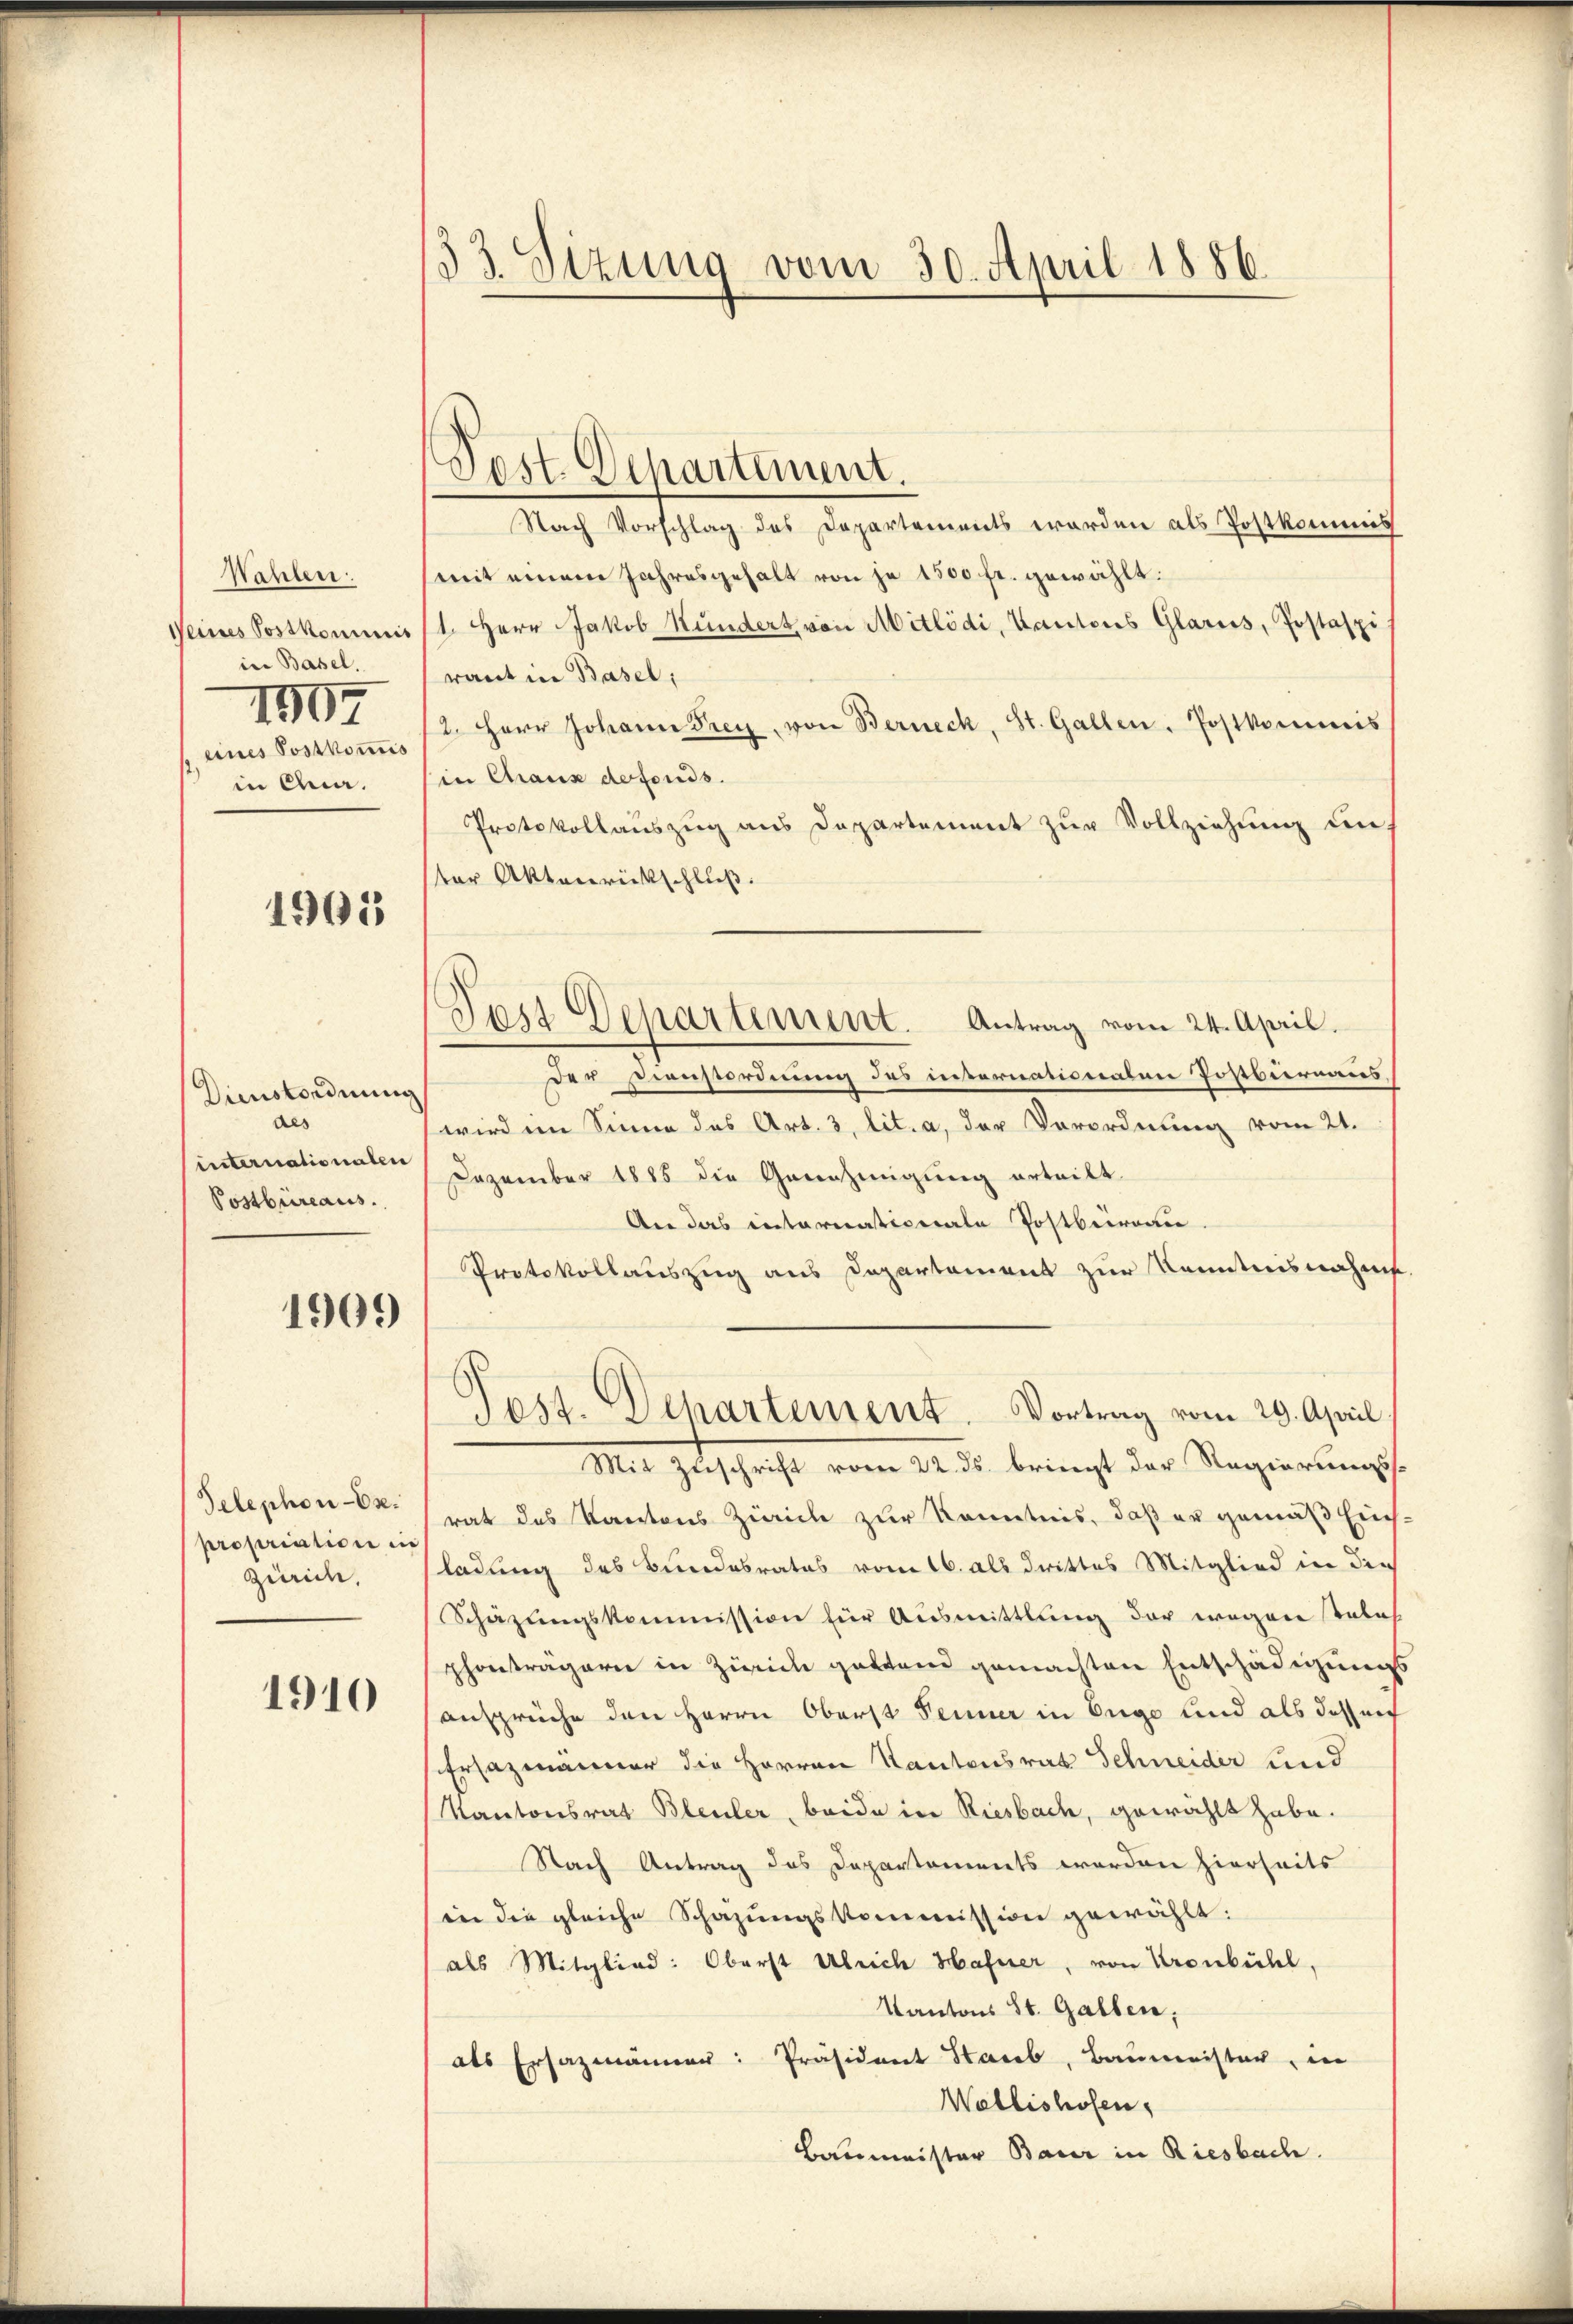
Wahlen.
Deines Postkommnis
in Basel.
1907
eines Postkomis
in Qua

1905

Dienstordnung
aes
internationalen
Postbureaus.

1909

Telephon-Ex.
propriation in
Zürich,

1910

33. Sizung vom 30. April 1886.

Nach Vorschlag des Departements werden als Postkommis
mit einem Jahresgehalt von je 1500 fr. gewählt:
1. Herr Jakob Hundert von Mitlödi, Kantons Glarus, Postaspi
raut in Basel,
12. Herr Johann Frey, von Berneck, St. Gallen. Postkommis
in Chaux defonds.
Protokollauszug aus Departement zur Vollziehung aus
ter Aktenrückschluß.
der Dienstordnung des internationalen Postbernens,
wird im Sinne das Art. 3, lit. a, der Verordnung vom 21.
Dezember 1885 die Genehinigung erteilt.
An das internationale Postberau
Protokollauszug aus Departement zur Kenntnisnahms.
Tost. Departement. Vortrag vom 29. April.
Mit Zuschrift vom 22. ds. bringt der Regierungsrat des Kantons Zürich zur Kenntnis, daß er gemäß Eins
ladung des Bundesrates vom 16. als drittes Mitglied in den
Schäzungskommission für Ausmittlung der wegene Tales
phanträgern in Zürich gestand gemachten Entschädigungs
ansprüche den Herrn Oberst Fenner in Enge und als dassen
Ersazmänner die Herren Kantonsrat Schneider und
Kantonsrat Bleuler, beide in Riesbach, gewählt habe.
Nach Antrag des Departements worden hierseits
in die gleiche Schazungskommission gewählt:
als Mitglied: Oberst Ulrich Hafner, von Kronbühl,
Kantons St. Gallen;
als Ersazmänner: Präsident Starb, Baumeister, in
Wallishofen,
Baumeister Bauer in Riesbach.

Post. Departement.

Dest Departement. Antrag vom 24. April.